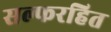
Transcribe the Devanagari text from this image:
सल्फरहित